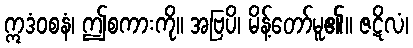
ဣဒံဝစနံ၊ ဤစကားကို။ အဗြပိ၊ မိန့်တော်မူ၏။ ဇဋိလံ၊